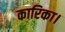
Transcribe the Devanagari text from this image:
कारिका।